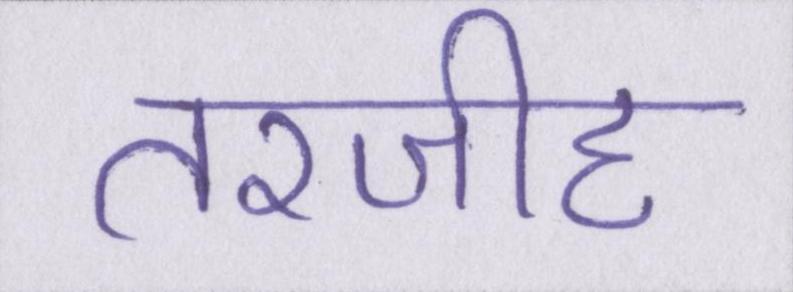
तरजीह